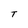
Character: T